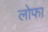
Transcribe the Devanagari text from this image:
लोफा